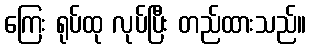
ကြေး ရုပ်ထု လုပ်ပြီး တည်ထားသည်။